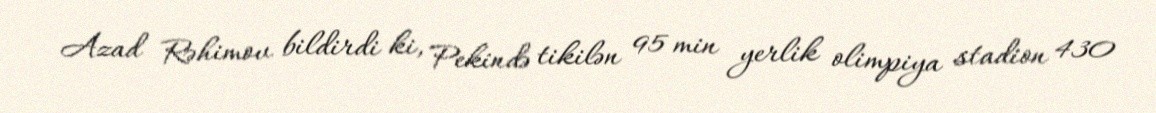
Azad Rəhimov bildirdi ki, Pekində tikilən 95 min yerlik olimpiya stadion 430